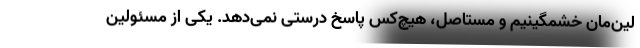
لین‌مان خشمگینیم و مستاصل، هیچ‌کس پاسخ درستی نمی‌دهد. یکی از مسئولین